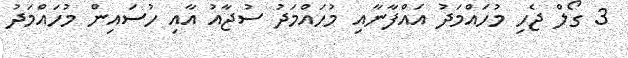
3 ގޯލް ޖެހި މުހައްމަދު އައްފާނާއި މުހައްމަދު ސުޖާއު އާއި ހުސައިން މުހައްމަދު